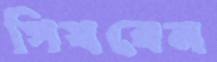
পিষবেন